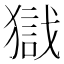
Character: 𱮙